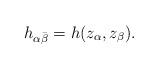
LaTeX: \begin{align*}h_{\alpha\bar\beta} = h(z_\alpha, z_\beta).\end{align*}